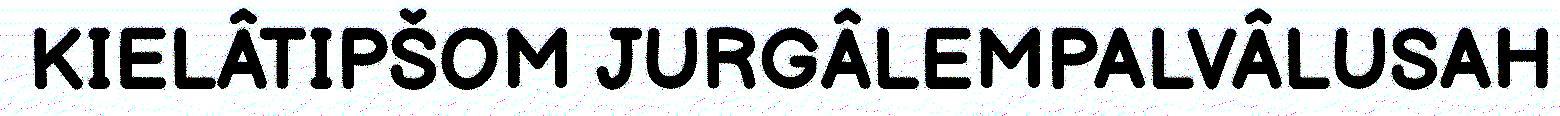
KIELÂTIPŠOM JURGÂLEMPALVÂLUSAH